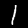
Digit: 1